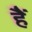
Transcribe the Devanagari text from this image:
हैें